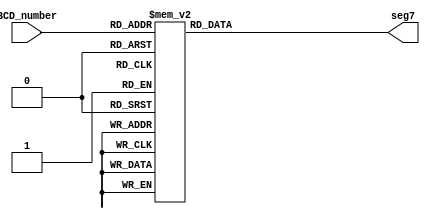
`timescale 1ns / 1ps


module SevenSegmentDisplay (
input [3:0]BCD_number,  //4 bits binary number
output reg [6:0]  seg7  // segments value
);

    always @(BCD_number) begin
    
         case (BCD_number) //GFEDCBA
             4'b0000: seg7 <= 7'b1000000; //0
             4'b0001: seg7 <= 7'b1111001; //1
             4'b0010: seg7 <= 7'b0100100; //2
             4'b0011: seg7 <= 7'b0110000; //3
             4'b0100: seg7 <= 7'b0011001; //4
             4'b0101: seg7 <= 7'b0010010; //5
             4'b0110: seg7 <= 7'b0000010; //6
             4'b0111: seg7 <= 7'b1111000; //7
             4'b1000: seg7 <= 7'b0000000; //8
             4'b1001: seg7 <= 7'b0011000; //9
             default: seg7 <= 7'b1000000;
         endcase
    end
    
endmodule